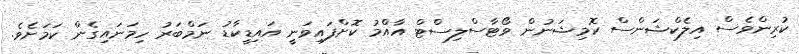
ކުރިންވެސް އިލެކްޝަންސް ކޮމިޝަނުން ވޯޓާސްލިސްޓް އާއްމު ކޮށްފައިވަނީ އައިޑީކާޑު ނަމްބަރު ހިމަނައިގެން ކަމަށެވެ.